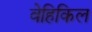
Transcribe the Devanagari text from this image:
वेहिकिल